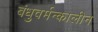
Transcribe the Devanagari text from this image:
बंधुवर्मन्कालीन